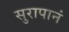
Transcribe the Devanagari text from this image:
सुरापानं